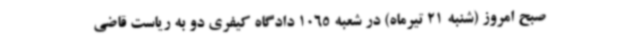
صبح امروز (شنبه 21 تیرماه) در شعبه 1065 دادگاه کیفری دو به ریاست قاضی